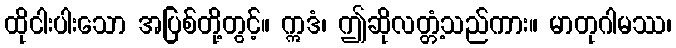
ထိုငါးပါးသော အပြစ်တို့တွင့်။ ဣဒံ၊ ဤဆိုလတ္တံ့သည်ကား။ မာတုဂါမဿ၊